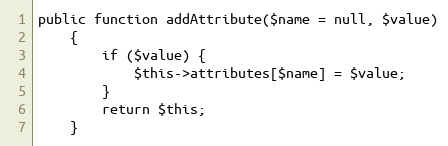
Language: PHP
public function addAttribute($name = null, $value)
    {
        if ($value) {
            $this->attributes[$name] = $value;
        }
        return $this;
    }